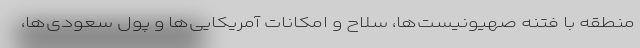
منطقه با فتنه صهیونیست‌ها، سلاح و امکانات آمریکایی‌ها و پول سعودی‌ها،